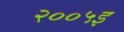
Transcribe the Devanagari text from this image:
२००५इ